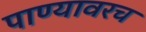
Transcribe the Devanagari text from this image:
पाण्यावरच